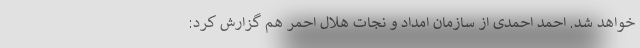
خواهد شد. احمد احمدی از سازمان امداد و نجات هلال احمر هم گزارش کرد: